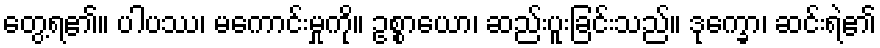
တွေ့ရ၏။ ပါပဿ၊ မကောင်းမှုကို။ ဥစ္စာယော၊ ဆည်းပူးခြင်းသည်။ ဒုက္ခော၊ ဆင်းရဲ၏